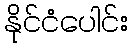
နိုင်ငံပေါင်း